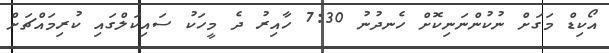
އޯކިޑް މަގަށް ނުކުންނަނިކޮށް ހެނދުނު 7:30 ހާއިރު ދެ މީހަކު ސައިކަލްގައި ކުރިމައްޗަށް